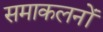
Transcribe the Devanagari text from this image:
समाकलनों